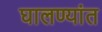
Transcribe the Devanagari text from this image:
घालण्यांत